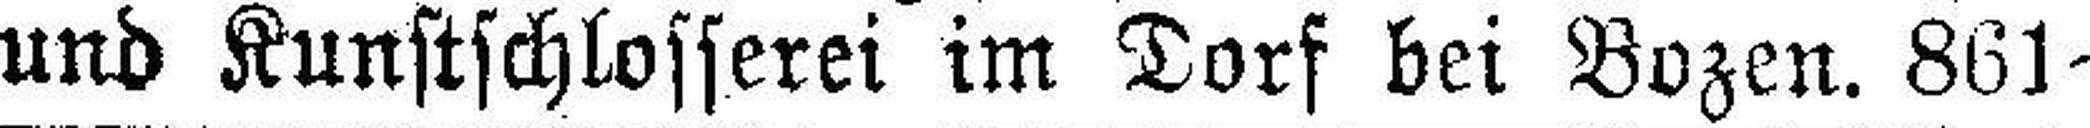
und Kunstschlosserei im Dorf bei Bozen. 861-